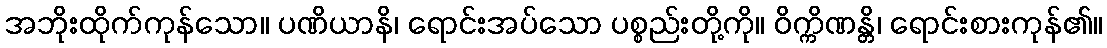
အဘိုးထိုက်ကုန်သော။ ပဏိယာနိ၊ ရောင်းအပ်သော ပစ္စည်းတို့ကို။ ဝိက္ကိဏန္တိ၊ ရောင်းစားကုန်၏။